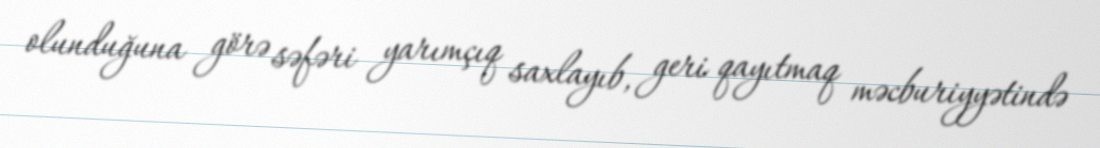
olunduğuna görə səfəri yarımçıq saxlayıb, geri qayıtmaq məcburiyyətində